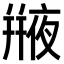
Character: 𠆕